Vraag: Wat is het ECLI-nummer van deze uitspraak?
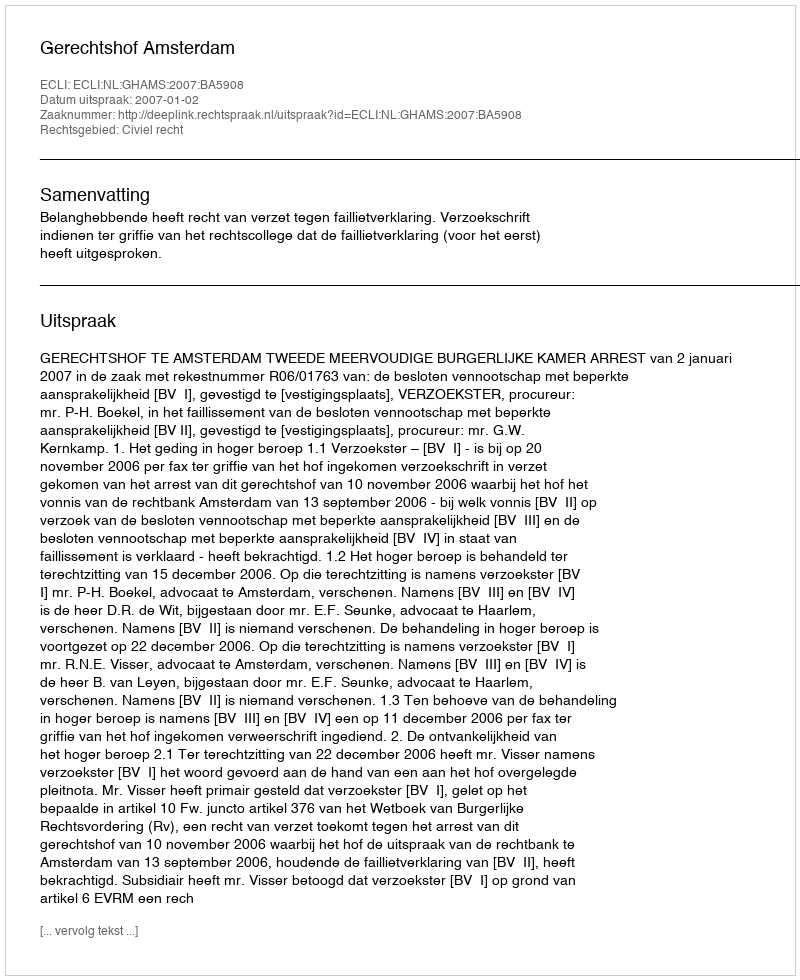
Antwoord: ECLI:NL:GHAMS:2007:BA5908